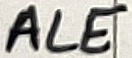
Text: ALE